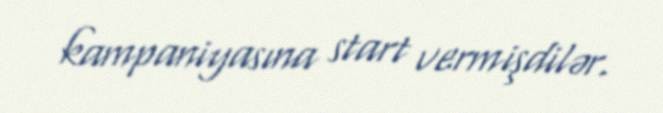
kampaniyasına start vermişdilər.